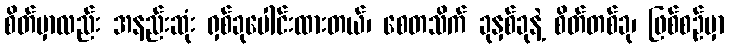
စိတ်မှာလည်း အနည်းဆုံး ရှစ်ခုပေါင်းထားတယ်၊ စေတသိက် ခုနှစ်ခုနဲ့ စိတ်တစ်ခု၊ ဖြစ်စဉ်မှာ